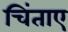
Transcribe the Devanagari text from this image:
चिंताए